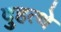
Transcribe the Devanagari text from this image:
दुहत्थे